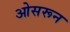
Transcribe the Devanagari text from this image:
ओसरून